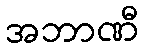
အဘာဏီ